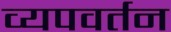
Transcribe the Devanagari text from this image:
व्यपवर्तन